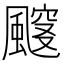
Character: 𱃈